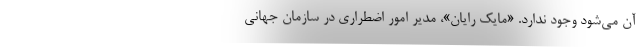
آن می‌شود وجود ندارد. «مایک رایان»، مدیر امور اضطراری در سازمان جهانی